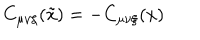
C _ { \mu \nu \xi } ( \tilde { x } ) = - C _ { \mu \nu \xi } ( x )